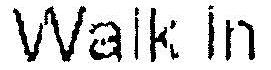
WALK IN